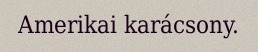
Amerikai karácsony.